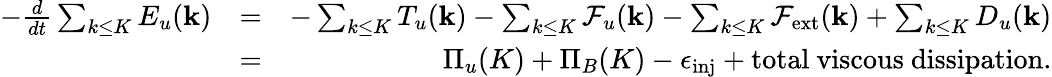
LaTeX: \begin{array}{rlr}{-\frac{d}{dt}\sum_{k\le K}E_{u}({\mathbf k})}&{=}&{-\sum_{k\le K}T_{u}({\mathbf k})-\sum_{k\le K}\mathcal{F}_{u}({\mathbf k})-\sum_{k\le K}\mathcal{F}_{\mathrm{ext}}({\mathbf k})+\sum_{k\le K}D_{u}({\mathbf k})}\\ &{=}&{\Pi_{u}(K)+\Pi_{B}(K)-\epsilon_{\mathrm{inj}}+\mathrm{total~viscous~dissipation}.}\end{array}